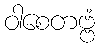
ဝါစေတဗ္ဗံ